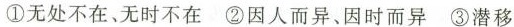
①无处不在、无时不在 ②因人而异、因时而异 ③潜移